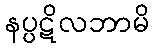
နပ္ပဋိလဘာမိ